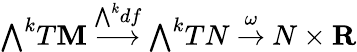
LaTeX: {\textstyle\bigwedge}^{k}T\mathbf{M}\ {\stackrel{{\bigwedge}^{k}df}{\longrightarrow}}\ {\textstyle\bigwedge}^{k}TN\ {\stackrel{\omega}{\to}}\ N\times\mathbf{{R}}